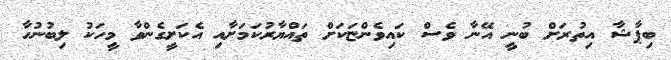
ބިޕާޝާ އިތުރަށް ބުނީ އޭނާ ވެސް ކައިވެންޏަކަށް ތައްޔާރުކަމަށާއި އެކަށީގެންވާ މީހަކު ލިބުނުހާ